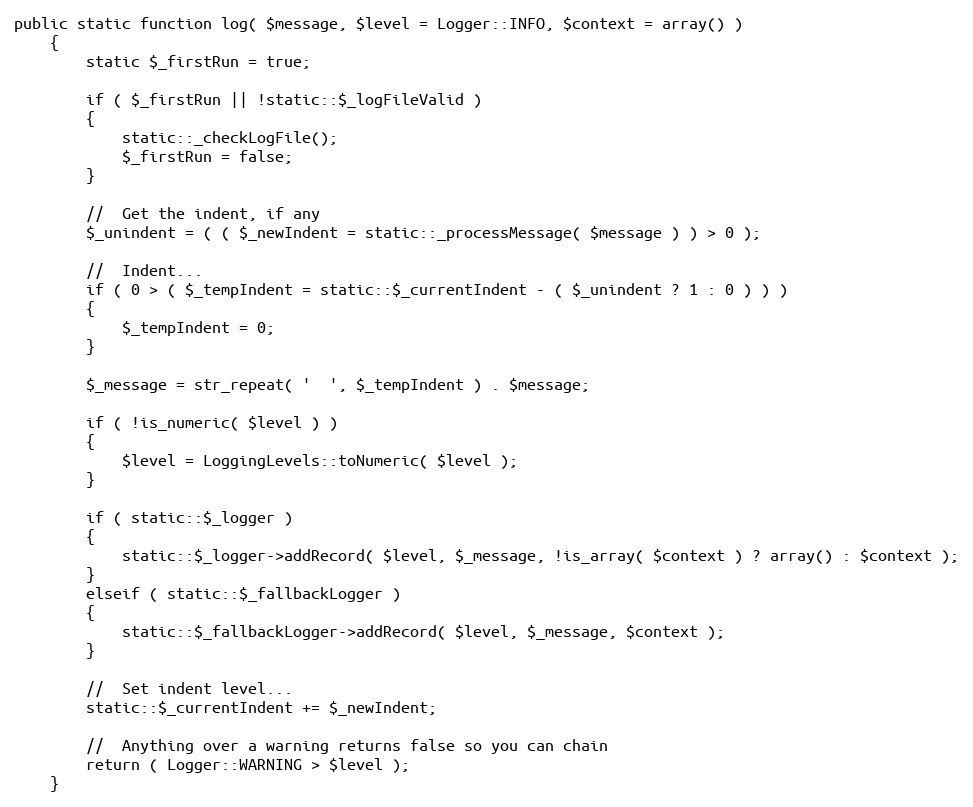
Language: PHP
public static function log( $message, $level = Logger::INFO, $context = array() )
    {
        static $_firstRun = true;

        if ( $_firstRun || !static::$_logFileValid )
        {
            static::_checkLogFile();
            $_firstRun = false;
        }

        //	Get the indent, if any
        $_unindent = ( ( $_newIndent = static::_processMessage( $message ) ) > 0 );

        //	Indent...
        if ( 0 > ( $_tempIndent = static::$_currentIndent - ( $_unindent ? 1 : 0 ) ) )
        {
            $_tempIndent = 0;
        }

        $_message = str_repeat( '  ', $_tempIndent ) . $message;

        if ( !is_numeric( $level ) )
        {
            $level = LoggingLevels::toNumeric( $level );
        }

        if ( static::$_logger )
        {
            static::$_logger->addRecord( $level, $_message, !is_array( $context ) ? array() : $context );
        }
        elseif ( static::$_fallbackLogger )
        {
            static::$_fallbackLogger->addRecord( $level, $_message, $context );
        }

        //	Set indent level...
        static::$_currentIndent += $_newIndent;

        //	Anything over a warning returns false so you can chain
        return ( Logger::WARNING > $level );
    }